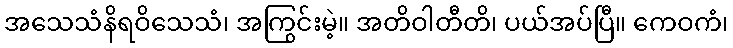
အသေသံနိရဝိသေသံ၊ အကြွင်းမဲ့။ အတိဝါတီတိ၊ ပယ်အပ်ပြီ။ ကေဝကံ၊